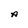
Character: A